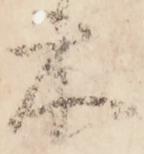
木